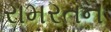
રામરતન